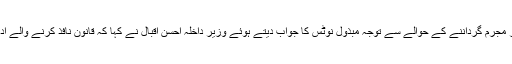
منگل کو قومی اسمبلی میں شہریار آفریدی کے پختونوں کو عام دیوانی مقدمات اور تنازعات میں کٹر مجرم گرداننے کے حوالے سے توجہ مبذول نوٹس کا جواب دیتے ہوئے وزیر داخلہ احسن اقبال نے کہا کہ قانون نافذ کرنے والے اداروں میں تمام پاکستانیوں کو ایک ہی نظر سے دیکھا جاتا ہے کسی سے لسانی امتیاز نہیں برتا جاتا۔